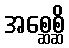
အစ္ဆေစ္ဆိ